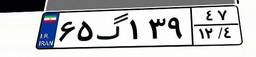
۶۵گ۱۳۹۴۷